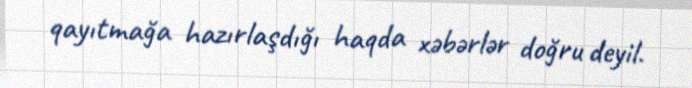
qayıtmağa hazırlaşdığı haqda xəbərlər doğru deyil.